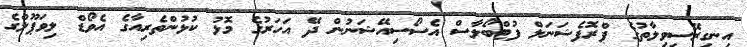
އިނގިރޭސިވިލާތުގެ ޕްރޮފެޝަނަލް ފުޓްބޯލާސް އެސޯސިއޭޝަނުން ދޭ އަހަރުގެ މޮޅު ކުޅުންތެރިއާގެ އެވޯޑް ލިވަޕޫލްގެ